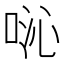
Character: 𫪍